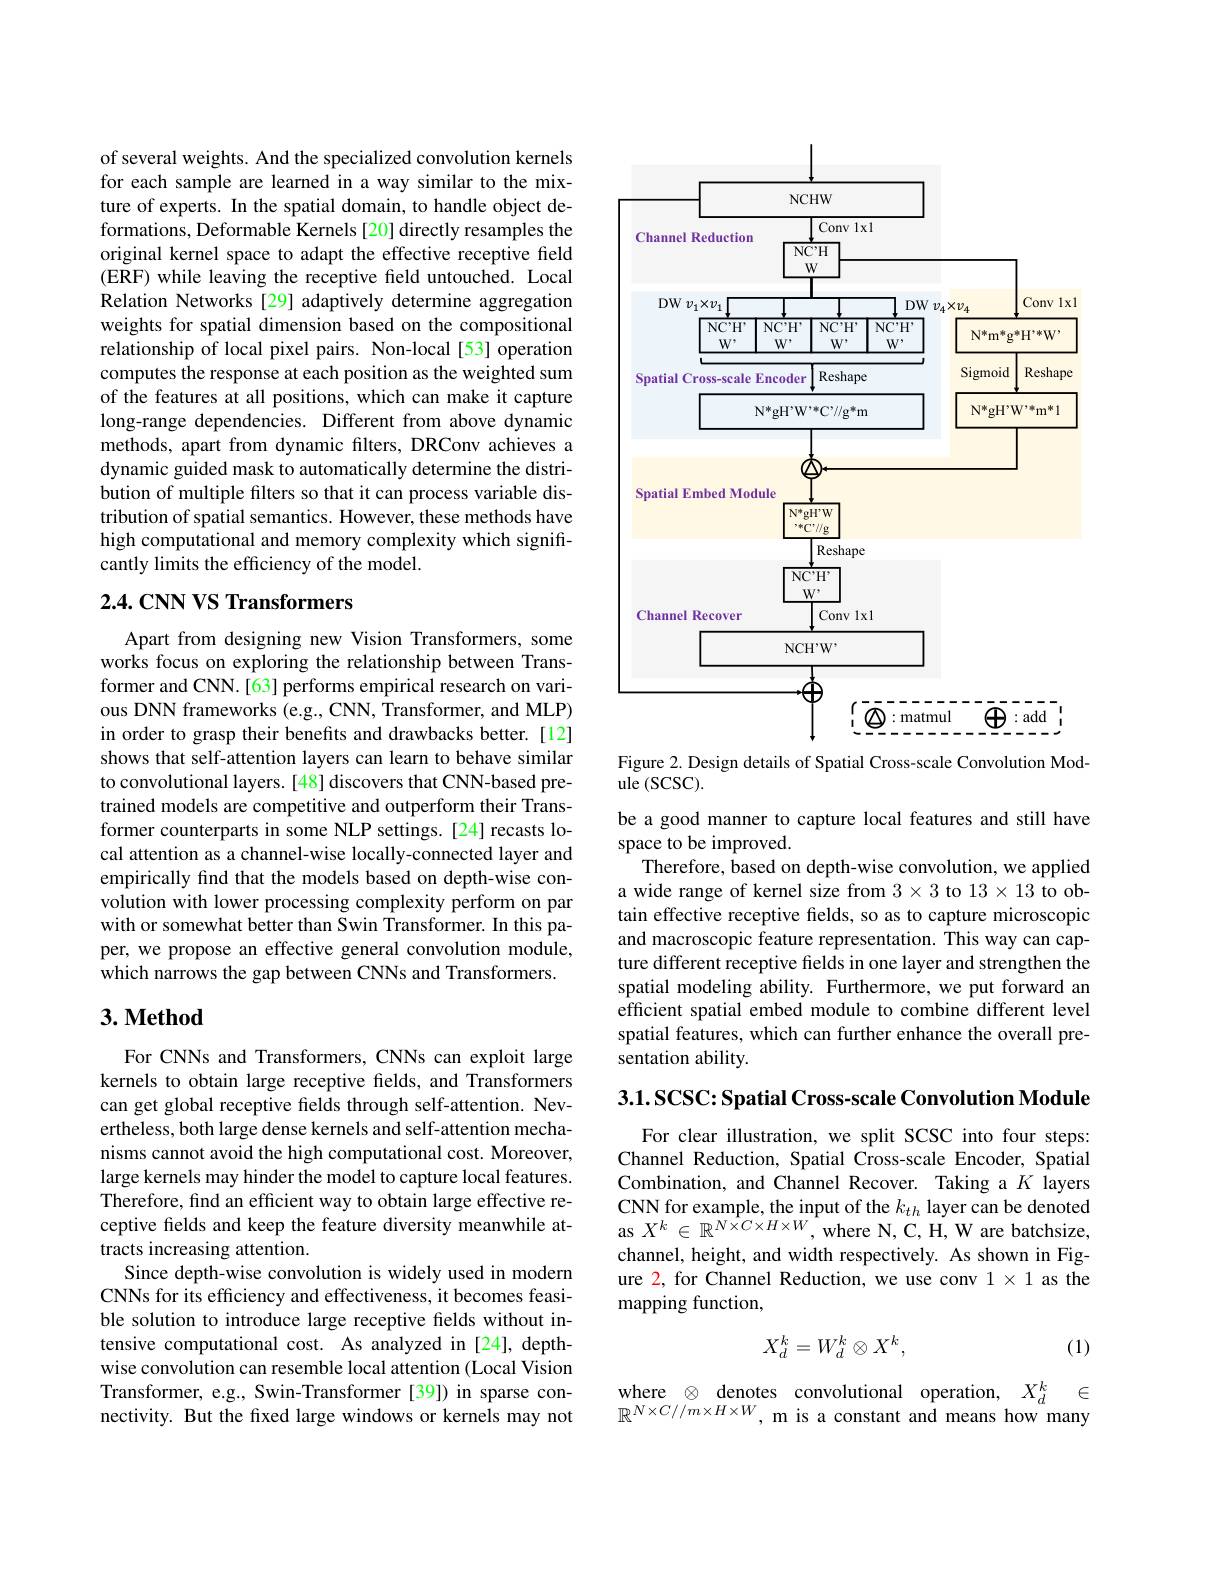
of several weights. And the specialized convolution kernels for each sample are learned in a way similar to the mixture of experts. In the spatial domain, to handle object deformations, Deformable Kernels[20] directly resamples the original kernel space to adapt the effective receptive field (ERF) while leaving the receptive field untouched. Local Relation Networks [29] adaptively determine aggregation weights for spatial dimension based on the compositional relationship of local pixel pairs. Non-local[53] operation computes the response at each position as the weighted sum of the features at all positions, which can make it capture long-range dependencies. Different from above dynamic methods, apart from dynamic filters, DRConv achieves a dynamic guided mask to automatically determine the distribution of multiple filters so that it can process variable distribution of spatial semantics. However, these methods have high computational and memory complexity which significantly limits the efficiency of the model.

## $2. 4. \textbf{CNN VS Transformers}$

Apart from designing new Vision Transformers, some works focus on exploring the relationship between Transformer and CNN.[63] performs empirical research on various DNN frameworks (e.g., CNN, Transformer, and MLP) in order to grasp their benefits and drawbacks better.[12] shows that self-attention layers can learn to behave similar to convolutional layers. [48] discovers that CNN-based pretrained models are competitive and outperform their Transformer counterparts in some NLP settings. [24] recasts local attention as a channel-wise locally-connected layer and empirically find that the models based on depth-wise convolution with lower processing complexity perform on par with or somewhat better than Swin Transformer. In this paper, we propose an effective general convolution module, which narrows the gap between CNNs and Transformers.

### $3. \textbf{Method}$

For CNNs and Transformers, CNNs can exploit large kernels to obtain large receptive fields, and Transformers can get global receptive frelds through self-attention. Nevertheless, both large dense kernels and self-attention mechanisms cannot avoid the high computational cost. Moreover, large kernels may hinder the model to capture local features. Therefore, find an efficient way to obtain large effective receptive felds and keep the feature diversity meanwhile attracts increasing attention.
Since depth-wise convolution is widely used in modern CNNs for its efficiency and effectiveness, it becomes feasible solution to introduce large receptive fields without intensive computational cost. As analyzed in [24], depthwise convolution can resemble local attention (Local Vision Transformer, e.g., Swin-Transformer [39]) in sparse connectivity. But the fxed large windows or kernels may not

<FigureHere>

Figure 2. Design details of Spatial Cross-scale Convolution Mod-

ule (SCSC).

be a good manner to capture local features and still have
space to be improved.
Therefore, based on depth-wise convolution, we applied a wide range of kernel size from $3\times3$ to $13\times13$ to obtain effective receptive fields, so as to capture microscopic and macroscopic feature representation. This way can capture different receptive fields in one layer and strengthen the spatial modeling ability. Furthermore, we put forward an efficient spatial embed module to combine different level spatial features, which can further enhance the overall presentation ability.

3.1. SCSC: Spatial Cross-scale Convolution Module

For clear illustration, we split SCSC into four steps: Channel Reduction, Spatial Cross-scale Encoder, Spatial Combination, and Channel Recover. Taking a $K$ layers CNN for example, the input of the $k_{th}$ layer can be denoted as $X^k\in\mathbb{R}^{N\hat{\times C}\times H\times W}$,where N, C, H, W are batchsize channel, height, and width respectively. As shown in Figure 2, for Channel Reduction, we use conv 1×1 as the mapping function,
$$X_d^k=W_d^k\otimes X^k,$$
(1)

where $\otimes$ denotes convolutional operation, $X_d^k\in$ $\mathbb{R}^{N\times C//m\times H\times W}$, m is a constant and means how many